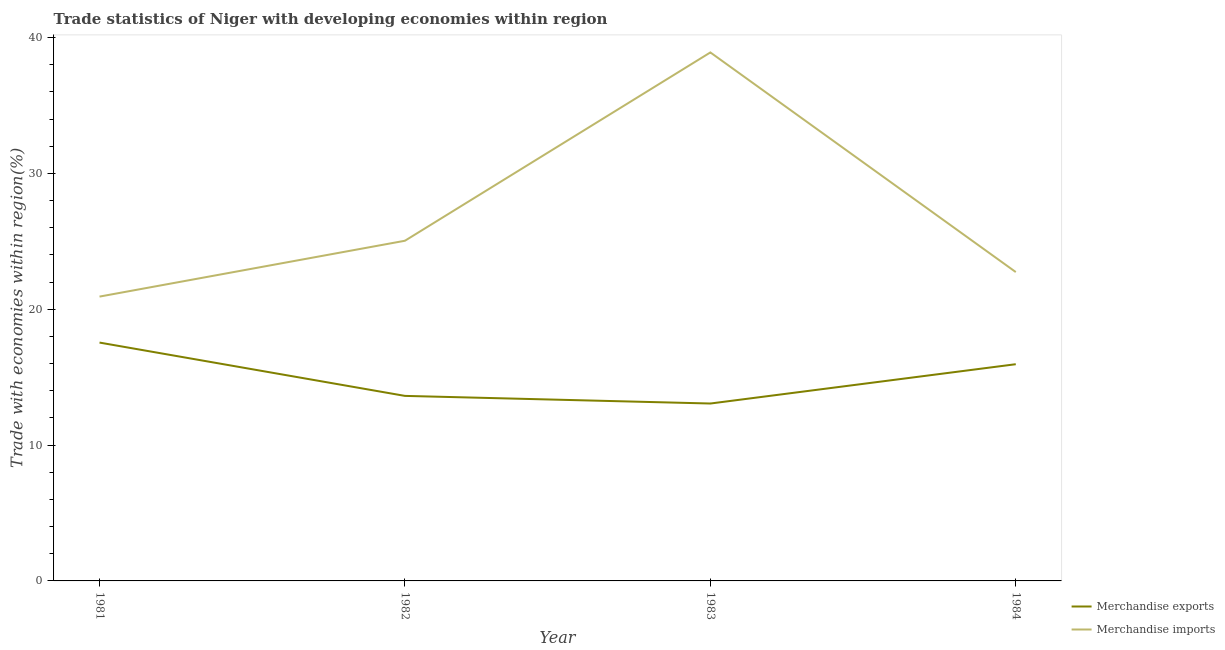
| Year | Merchandise exports | Merchandise imports |
 | --- | --- | --- |
 | 1981 | 17.5 | 20.9 |
 | 1982 | 13.6 | 25 |
 | 1983 | 13.1 | 38.9 |
 | 1984 | 16 | 22.7 |